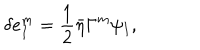
\delta e _ { I } ^ { m } = \frac { 1 } { 2 } \bar { \eta } \Gamma ^ { m } \psi _ { I } ,